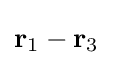
\mathbf {r} _{1}-\mathbf {r} _{3}